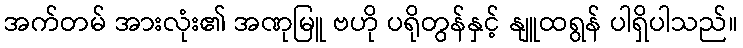
အက်တမ် အားလုံး၏ အဏုမြူ ဗဟို ပရိုတွန်နှင့် နျူထရွန် ပါရှိပါသည်။